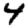
Digit: 4